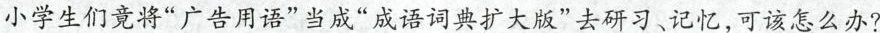
小学生们竟将”广告用语”当成”成语词典扩大版”去研习、记忆，可该怎么办？